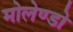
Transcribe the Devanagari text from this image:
मोलेण्डो